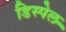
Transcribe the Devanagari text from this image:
डिस्पेल